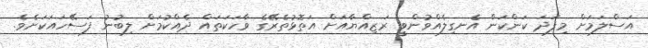
އަސްލަމަށް މިފަދަ ކަންކަން އެނގިލެއްވުންވީ ރަޒިއްޔާއަށް އަތޮޅުތެރޭގެ ވާހަކަތައް ދެއްކުމަށް ލިބުނު ފަސޭހައަކަށެވެ.